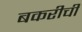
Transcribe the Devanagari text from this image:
बकरीची